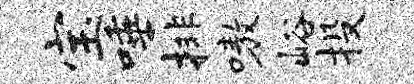
宝唾排嗷峪投